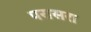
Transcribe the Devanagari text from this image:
परासरा